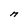
Character: M